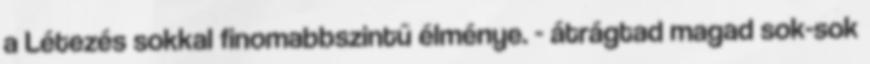
a Létezés sokkal finomabbszintű élménye. - átrágtad magad sok-sok